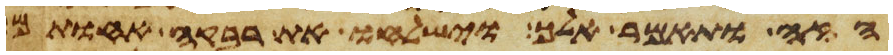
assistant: הזה ותאמר אלך וישלחו את רבקה אחותם